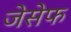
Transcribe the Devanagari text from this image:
जेसेफ